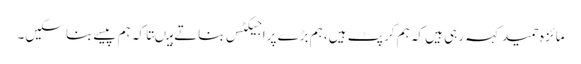
مائزہ حمید کہہ رہی ہیں کہ ہم کرپٹ ہیں، ہم بڑے پراجیکٹس بناتے ہیںتاکہ ہم پیسے بنا سکیں۔